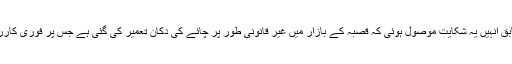
کمیٹی کے صدر رئیس احمد لون کے مطابق اُنہیں یہ شکایت موصول ہوئی کہ قصبہ کے بازار میں غیر قانونی طور پر چائے کی دکان تعمیر کی گئی ہے جس پر فوری کارروائی کرتے ہوئے دکان کو منہدم کیا گیا ۔